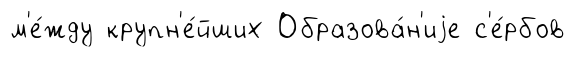
м'е́жду крупн'е́йших Образова́н'иjе с'е́рбов